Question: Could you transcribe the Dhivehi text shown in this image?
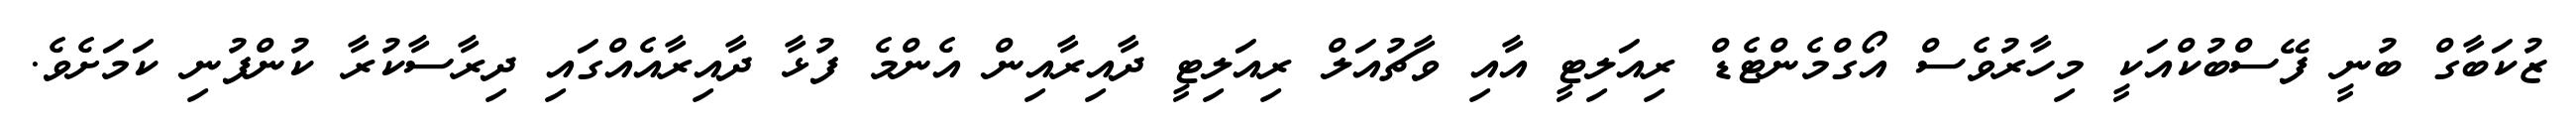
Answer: ޒުކަބާގް ބުނީ ފޭސްބުކްއަކީ މިހާރުވެސް އޯގްމެންޓެޑް ރިއަލިޓީ އާއި ވާޗުއަލް ރިއަލިޓީ ދާއިރާއިން އެންމެ ފުޅާ ދާއިރާއެއްގައި ދިރާސާކުރާ ކުންފުނި ކަމަށެވެ.